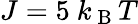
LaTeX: J=5\mathrm{~}k_{\mathrm{~B~}}T